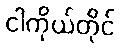
ငါကိုယ်တိုင်